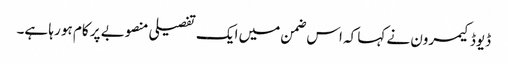
ڈیوڈ کیمرون نے کہا کہ اس ضمن میں ایک تفصیلی منصوبے پر کام ہو رہا ہے۔